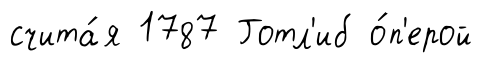
счита́я 1787 Готл'иб о́п'ерой